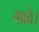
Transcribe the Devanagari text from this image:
भावे।